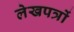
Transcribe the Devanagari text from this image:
लेखपत्रों